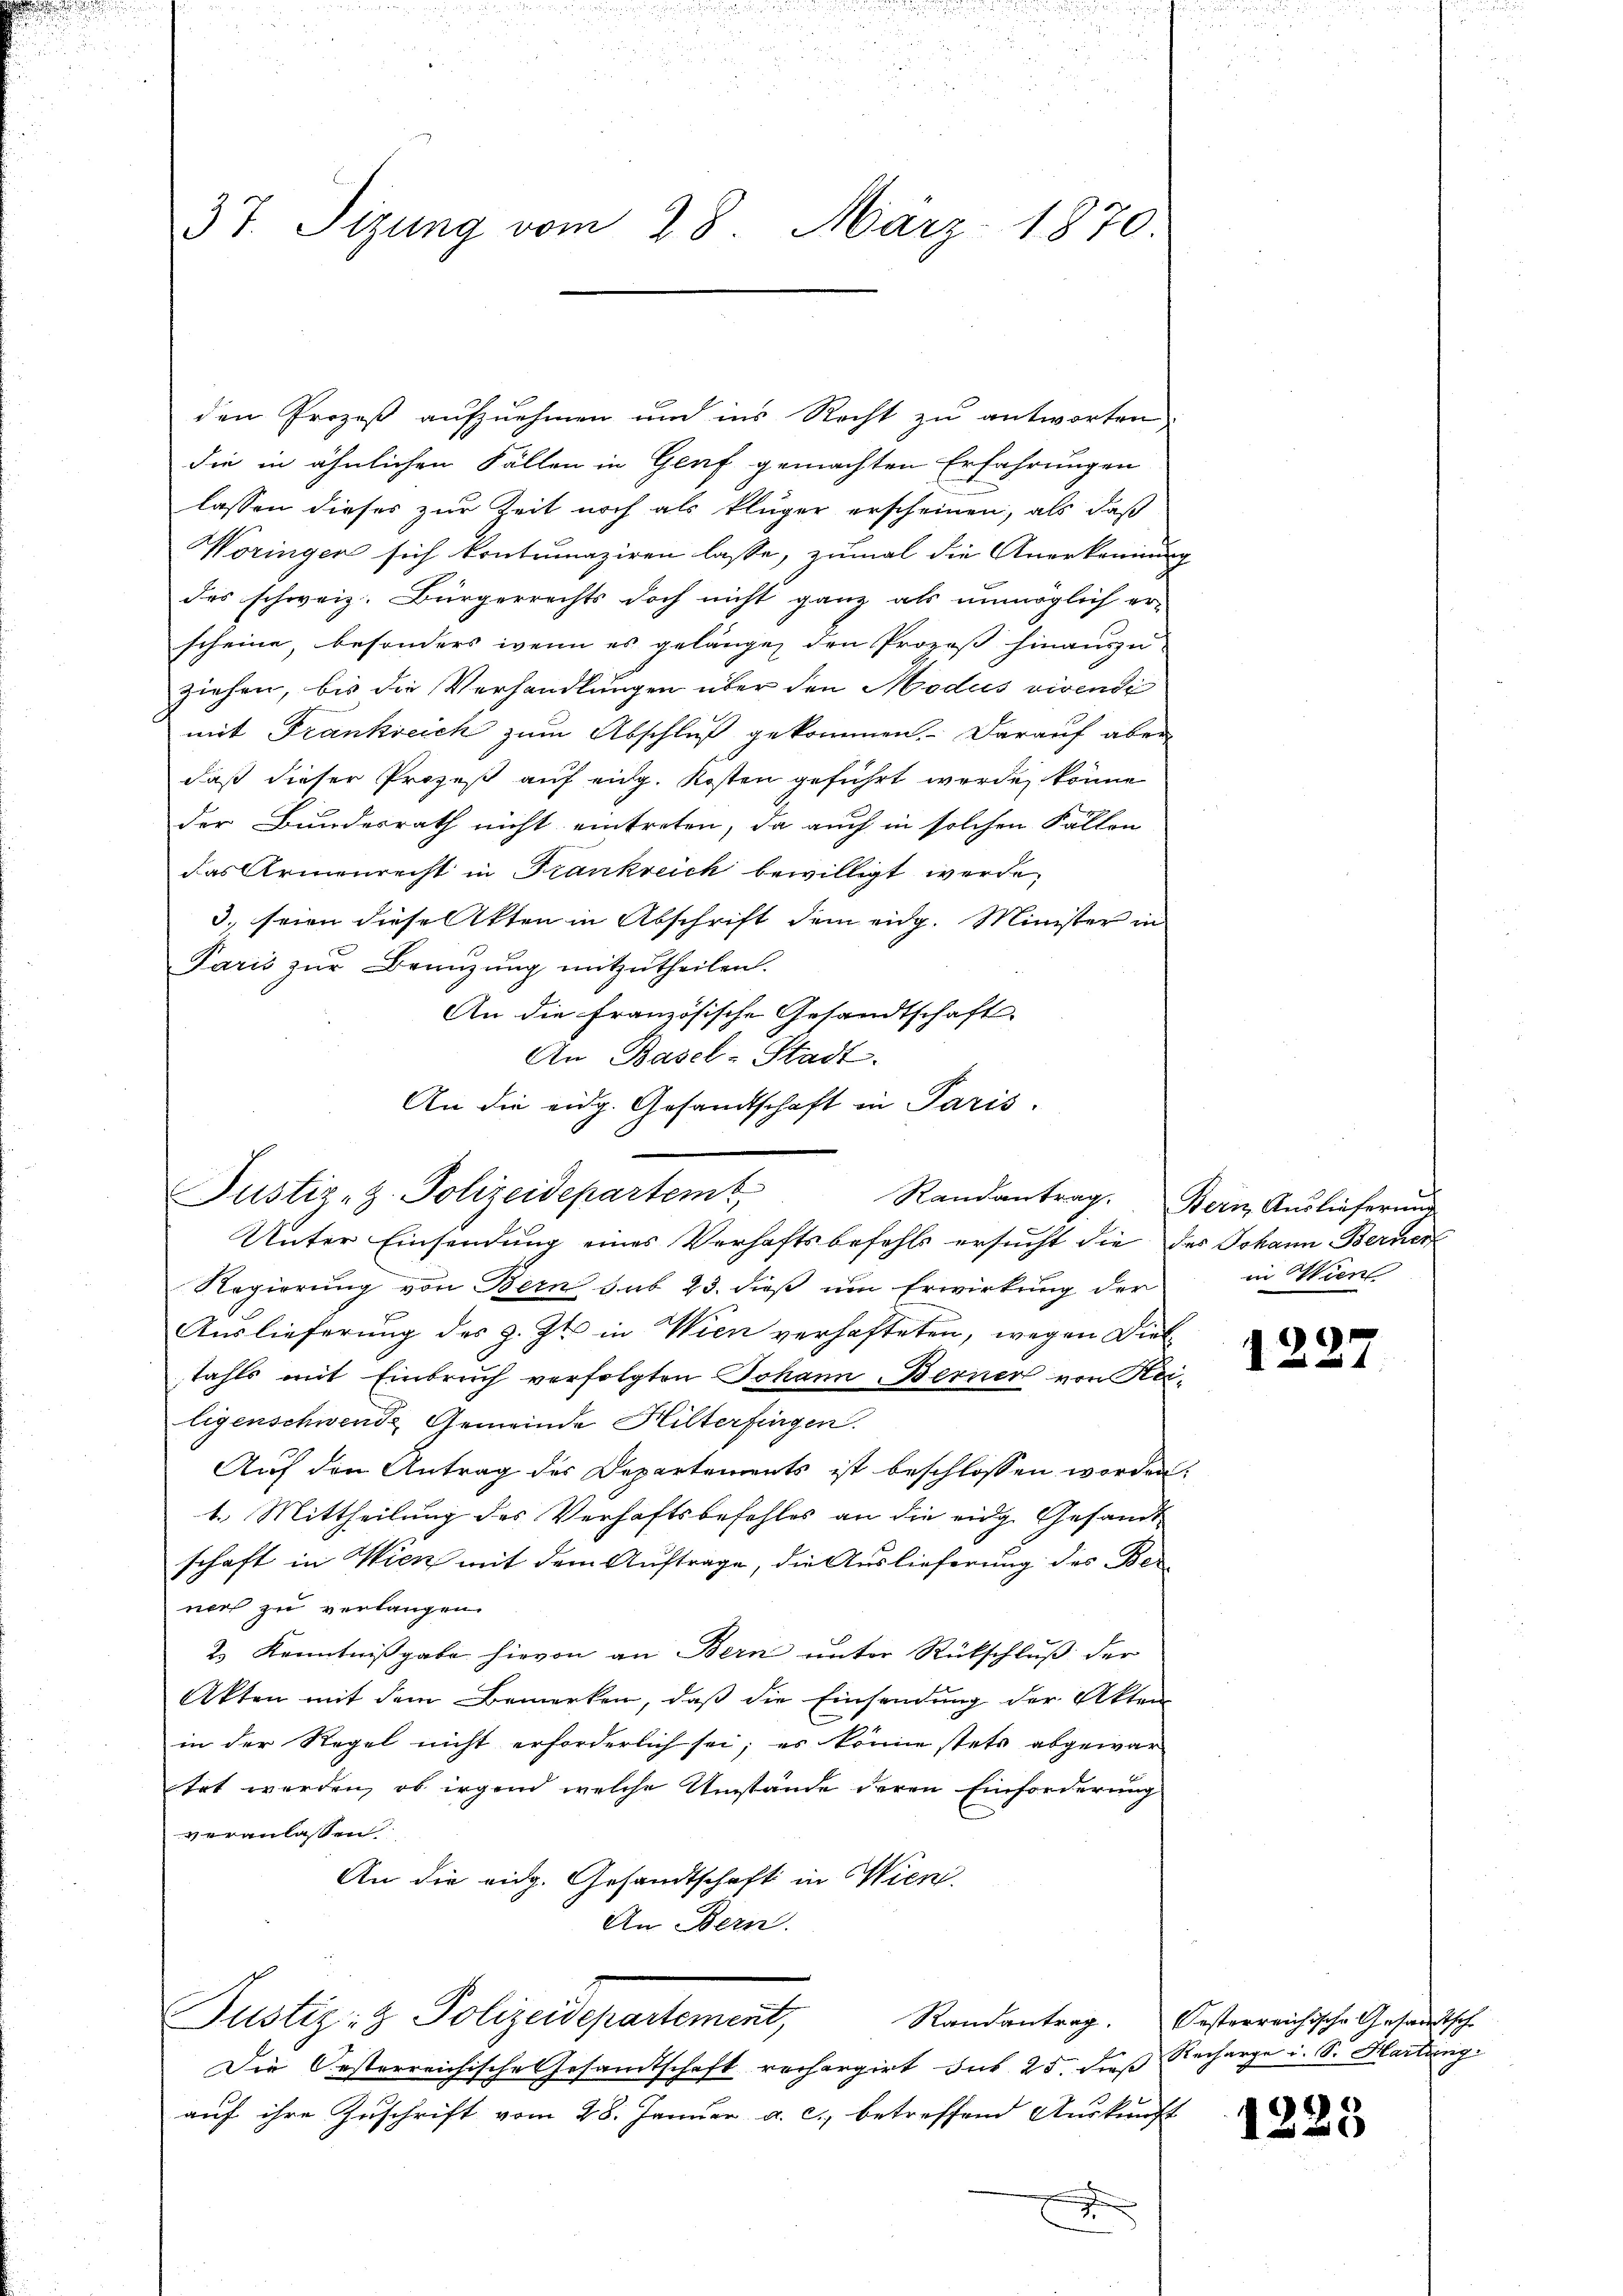
.
u

37. Sizung vom 28. März 1870.

den Prozeß aufznehmen und ins Recht zu antworten
die in ähnlichen Fällen in Genf gemachten Erfahrungen
lassen dieses zur Zeit noch als kluger erscheinen, als daß
Woringer sich kontrunaziren lasse, zumal die Anerkennung
des schweiz. Bürgerrechts doch nicht ganz als unmöglich er-
scheine, besonders wenn es gelängen den Prozeß hinauszuziehen, bis die Verhandlungen über den Modus vivendi
mit Frankreich zum Abschluß gekommen. Darauf aber
daß dieser Prozeß auf eidg. Kosten geführt werde, könne
der Bundesrath nicht eintreten, da auch in solchen Fällen
das Armenrecht in Frankreich bewilligt werde,
3. seien diese Akten in Abschrift dem eidg. Minister in
Paris zŭr Branzŭng mitzutheilen.
An die französische Gesandtschaft.
An Basel-Stadt.
An die eidg. Gesandtschaft in Paris.

Justiz-Z. Polizeidepartem Randantrag.

Unter Einsendung eines Verhaftsbefehls ersucht die des Johann Berner
Regierung von Bern sub 23. dieß um Erwirkung der
Auslieferung des z. Zt. in Wien verhafteten, wegen Diel
tahls mit Einbruch verfolgten Johann. Berner von Reiligenschwende Gemeinde Hilterfingen.
Auf den Antrag des Departements ist beschlossen worden;
1. Mittheilung des Verhaftsbefehles an die eidg. Gesandtschaft in Wien mit dem Auftrage, die Auslieferung des Ber-
ners zu verlangen.
2.) Kenntnißgabe hievon an Bern unter Rückschluß der
Akten mit dem Bemerken, daß die Einsendung der Akten
in der Regel nicht erforderlich sei; es könne stets abgewar
tet werden, ob irgend welche Umstände deren Einforderung
veranlassen
An die eidg. Gesandtschaft in Wien.
An Bern.

Justiz- & Polizeidepartement,

Die Oesterreichische Gesamtschaft rechargirt des 25. dieß Recharge u. S. Hartung
auf ihre Zuschrift vom 28. Januar a. c., betreffend Auskunft
J

Bern Auslieferung
in Wien

1227

Randantrag. Oesterreichische Gesandtsche

1223